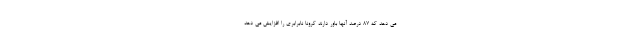
می دهد که 87 درصد آنها باور دارند کرونا نابرابری را افزایش می دهد